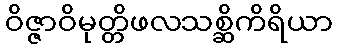
ဝိဇ္ဇာဝိမုတ္တိဖလသစ္ဆိကိရိယာ